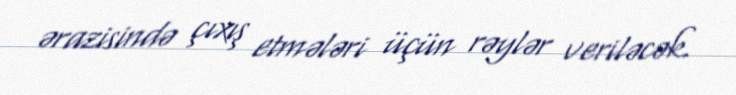
ərazisində çıxış etmələri üçün rəylər veriləcək.